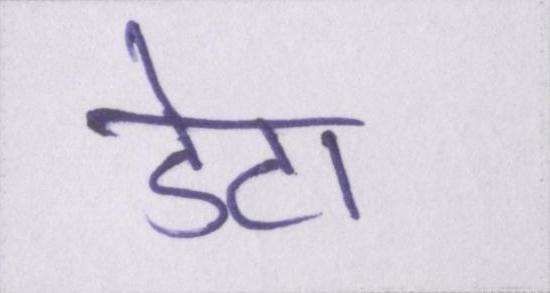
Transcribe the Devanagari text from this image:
डेटा